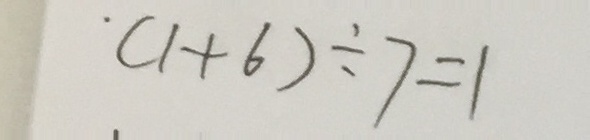
( 1 + 6 ) \div 7 = 1